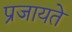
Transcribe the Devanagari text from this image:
प्रजायते